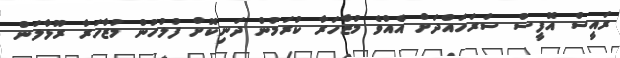
ރައީސް އޮފީސް ސަރަހައްދަށް އެއްވެ މުޒާހަރާ ކުރަމުން ދަނިކޮށް ފުލުހުން މުޒާހަރާ ރޫޅާލަން